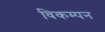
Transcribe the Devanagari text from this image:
विकम्पन